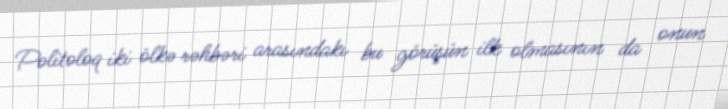
Politoloq iki ölkə rəhbəri arasındakı bu görüşün ilk olmasının da onun